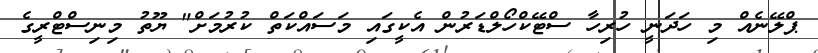
ޕްލޭނެއް މި ހަދަނީ ހުރިހާ ސްޓޭކްހޯލްޑަރުން އެކީގައި މަސައްކަތް ކުރުމަށް" ޔޫތު މިނިސްޓްރީގެ